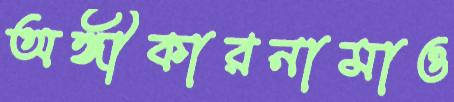
অঙ্গীকারনামাও